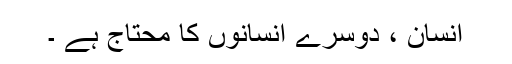
انسان ، دوسرے انسانوں کا محتاج ہے ۔